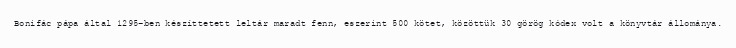
Bonifác pápa által 1295-ben készíttetett leltár maradt fenn, eszerint 500 kötet, közöttük 30 görög kódex volt a könyvtár állománya.